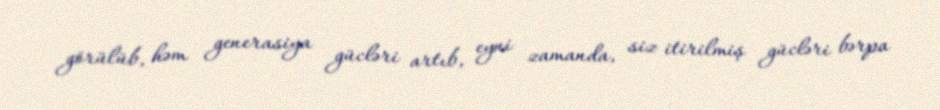
görülüb, həm generasiya gücləri artıb, eyni zamanda, siz itirilmiş gücləri bərpa